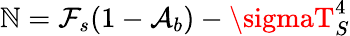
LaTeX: \mathbb{N}=\mathcal{{F}}_{s}(1-\mathcal{{A}}_{b})-\sigmaT_{S}^{4}